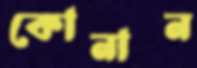
কোনান